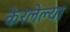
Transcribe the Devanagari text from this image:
केरलेल्या